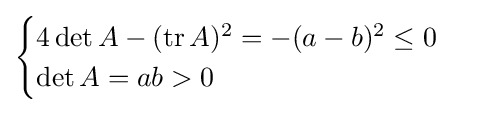
{\begin{cases}4\det A-(\operatorname {tr} A)^{2}=-(a-b)^{2}\leq 0\\\det A=ab>0\end{cases}}